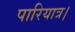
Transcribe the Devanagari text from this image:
पारियात्र।